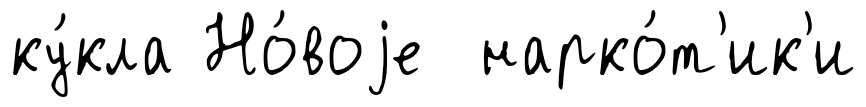
ку́кла Но́воjе нарко́т'ик'и